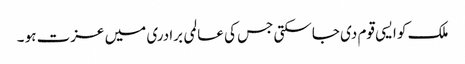
ملک کو ایسی قوم دی جاسکتی جس کی عالمی برادری میں عزت ہو ۔